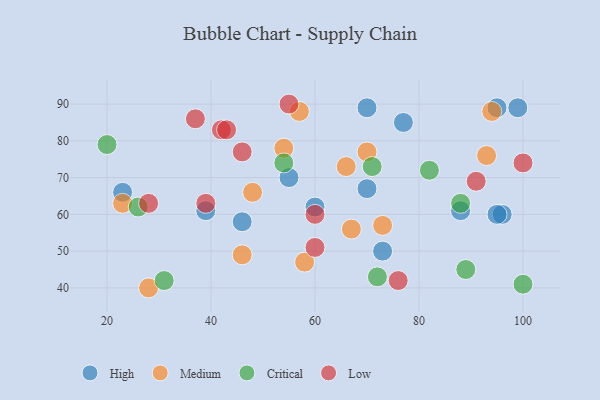
{"axis": {"x": "GDP", "y": "Life Expectancy"}, "legend": ["Critical", "High", "Low", "Medium"], "data": [{"x": "96", "y": 60, "type": "High"}, {"x": "99", "y": 89, "type": "High"}, {"x": "60", "y": 62, "type": "High"}, {"x": "23", "y": 66, "type": "High"}, {"x": "70", "y": 67, "type": "High"}, {"x": "46", "y": 58, "type": "High"}, {"x": "88", "y": 61, "type": "High"}, {"x": "39", "y": 61, "type": "High"}, {"x": "73", "y": 50, "type": "High"}, {"x": "77", "y": 85, "type": "High"}, {"x": "95", "y": 89, "type": "High"}, {"x": "95", "y": 60, "type": "High"}, {"x": "70", "y": 89, "type": "High"}, {"x": "55", "y": 70, "type": "High"}, {"x": "94", "y": 88, "type": "Medium"}, {"x": "23", "y": 63, "type": "Medium"}, {"x": "73", "y": 57, "type": "Medium"}, {"x": "67", "y": 56, "type": "Medium"}, {"x": "54", "y": 78, "type": "Medium"}, {"x": "58", "y": 47, "type": "Medium"}, {"x": "28", "y": 40, "type": "Medium"}, {"x": "70", "y": 77, "type": "Medium"}, {"x": "93", "y": 76, "type": "Medium"}, {"x": "57", "y": 88, "type": "Medium"}, {"x": "46", "y": 49, "type": "Medium"}, {"x": "66", "y": 73, "type": "Medium"}, {"x": "48", "y": 66, "type": "Medium"}, {"x": "89", "y": 45, "type": "Critical"}, {"x": "20", "y": 79, "type": "Critical"}, {"x": "71", "y": 73, "type": "Critical"}, {"x": "82", "y": 72, "type": "Critical"}, {"x": "26", "y": 62, "type": "Critical"}, {"x": "88", "y": 63, "type": "Critical"}, {"x": "72", "y": 43, "type": "Critical"}, {"x": "100", "y": 41, "type": "Critical"}, {"x": "31", "y": 42, "type": "Critical"}, {"x": "54", "y": 74, "type": "Critical"}, {"x": "60", "y": 51, "type": "Low"}, {"x": "42", "y": 83, "type": "Low"}, {"x": "76", "y": 42, "type": "Low"}, {"x": "100", "y": 74, "type": "Low"}, {"x": "55", "y": 90, "type": "Low"}, {"x": "46", "y": 77, "type": "Low"}, {"x": "28", "y": 63, "type": "Low"}, {"x": "39", "y": 63, "type": "Low"}, {"x": "91", "y": 69, "type": "Low"}, {"x": "60", "y": 60, "type": "Low"}, {"x": "37", "y": 86, "type": "Low"}, {"x": "43", "y": 83, "type": "Low"}]}